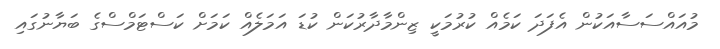
މުއައްސަސާއަކުން އެފަދަ ކަމެއް ކުރުމަކީ ޒިންމާދާރުކަން ކުޑަ އަމަލެއް ކަމަށް ކަސްޓަމްސްގެ ބަޔާނުގައި